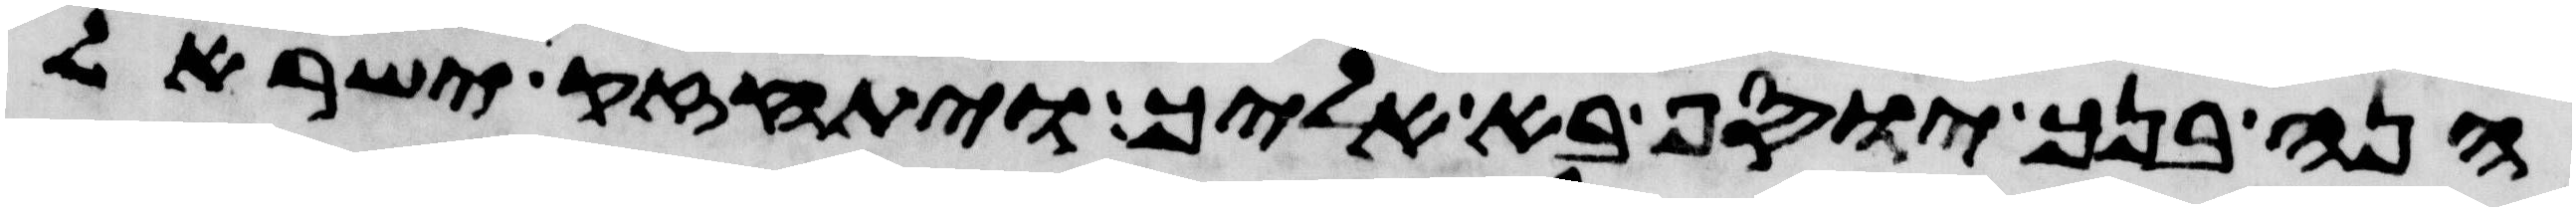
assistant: הנה בנך יוסף בא אליך ויתחזק ישראל